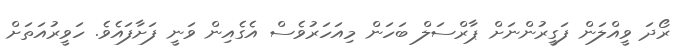
ރޯދަ ވީއްލަން ފަގީރުންނަށް ޕާރްސަލް ބަހަން މިއަހަރުވެސް އެގެއިން ވަނީ ފަށާފައެވެ. ހަވީރުއަތަށް